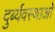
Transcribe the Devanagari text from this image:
दुर्ब्यवस्थाओ